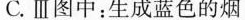
C.Ⅲ图中；生成蓝色的烟